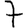
Digit: 7